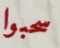
سحبوا